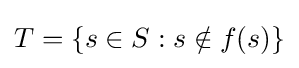
T=\{s\in S:s\notin f(s)\}